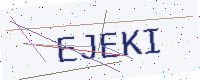
Text: EJEKI